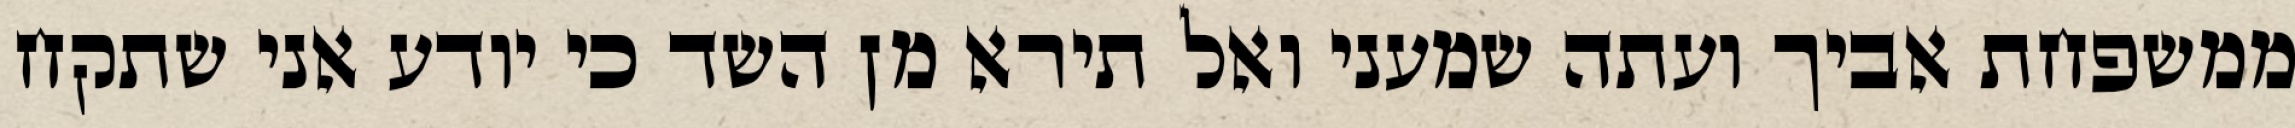
ממשפחת אביך ועתה שמעני ואל תירא מן השד כי יודע אני שתקח